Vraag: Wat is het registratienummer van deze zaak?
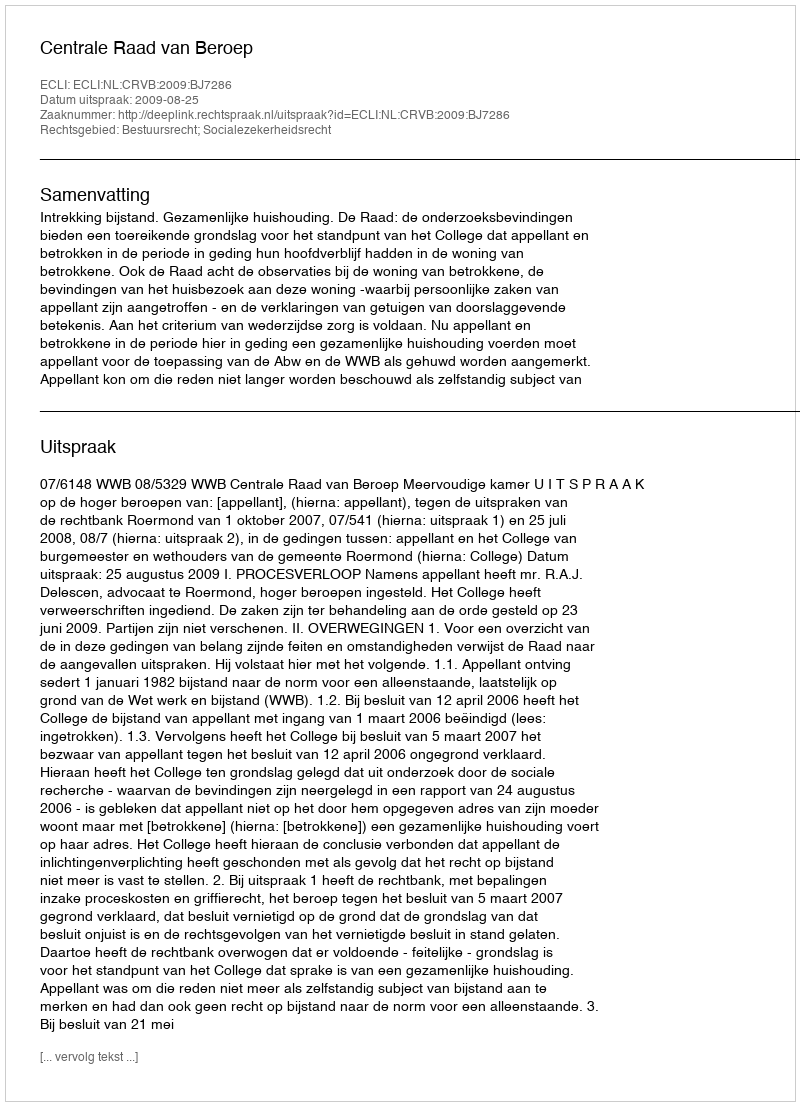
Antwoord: http://deeplink.rechtspraak.nl/uitspraak?id=ECLI:NL:CRVB:2009:BJ7286